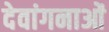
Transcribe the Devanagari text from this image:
देवांगनाओं